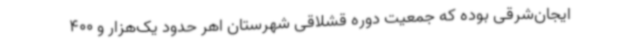
ایجان‌شرقی بوده که جمعیت دوره قشلاقی شهرستان اهر حدود یک‌هزار و 400